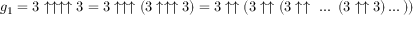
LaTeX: g _ { 1 } = 3 \uparrow \uparrow \uparrow \uparrow 3 = 3 \uparrow \uparrow \uparrow ( 3 \uparrow \uparrow \uparrow 3 ) = 3 \uparrow \uparrow ( 3 \uparrow \uparrow ( 3 \uparrow \uparrow \ \dots \ ( 3 \uparrow \uparrow 3 ) \dots ) )